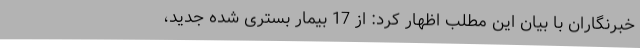
خبرنگاران با بیان این مطلب اظهار کرد: از 17 بیمار بستری شده جدید،